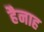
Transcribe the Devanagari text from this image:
हैनाह